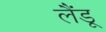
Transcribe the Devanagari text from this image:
लैंडू